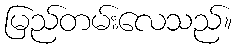
မြည်တမ်းလေသည်။